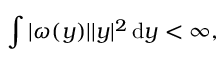
\int | \omega ( y ) | | y | ^ { 2 } \, \mathrm { d } y < \infty ,